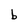
Character: b